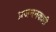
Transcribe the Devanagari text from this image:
प्रजननकारी